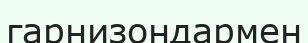
гарнизондармен